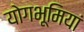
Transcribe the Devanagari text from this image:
योगभूमियां